Insane asylums in Bengal annual reports 1867-1875 - 1867-1875
Year: 1867
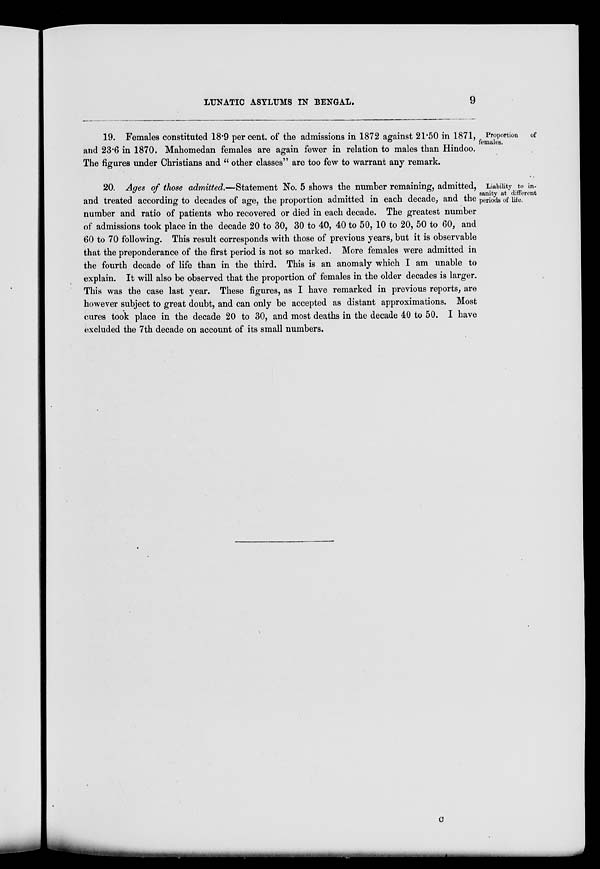
LUNATIC ASYLUMS IN BENGAL.
9
Proportion
of
females.
19. Females constituted 18.9 per cent. of the admissions in 1872 against 21.50 in 1871,
and 23.6 in 1870. Mahomedan females are again fewer in relation to males than Hindoo.
The figures under Christians and " other classes" are too few to warrant any remark.
Liability to in-
sanity at different
periods of life.
20. Ages of those admitted.—Statement No. 5 shows the number remaining, admitted,
and treated according to decades of age, the proportion admitted in each decade, and the
number and ratio of patients who recovered or died in each decade. The greatest number
of admissions took place in the decade 20 to 30, 30 to 40, 40 to 50, 10 to 20, 50 to 60, and
60 to 70 following. This result corresponds with those of previous years, but it is observable
that the preponderance of the first period is not so marked. More females were admitted in
the fourth decade of life than in the third. This is an anomaly which I am unable to
explain. It will also be observed that the proportion of females in the older decades is larger.
This was the case last year. These figures, as I have remarked in previous reports, are
however subject to great doubt, and can only be accepted as distant approximations. Most
cures took place in the decade 20 to 30, and most deaths in the decade 40 to 50. I have
excluded the 7th decade on account of its small numbers.
C